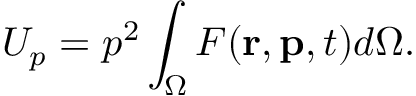
U _ { p } = p ^ { 2 } \int _ { \Omega } F ( \mathbf { r } , \mathbf { p } , t ) d \Omega .